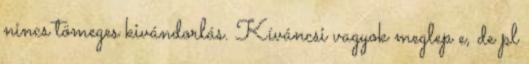
nincs tömeges kivándorlás. Kíváncsi vagyok meglep e, de pl